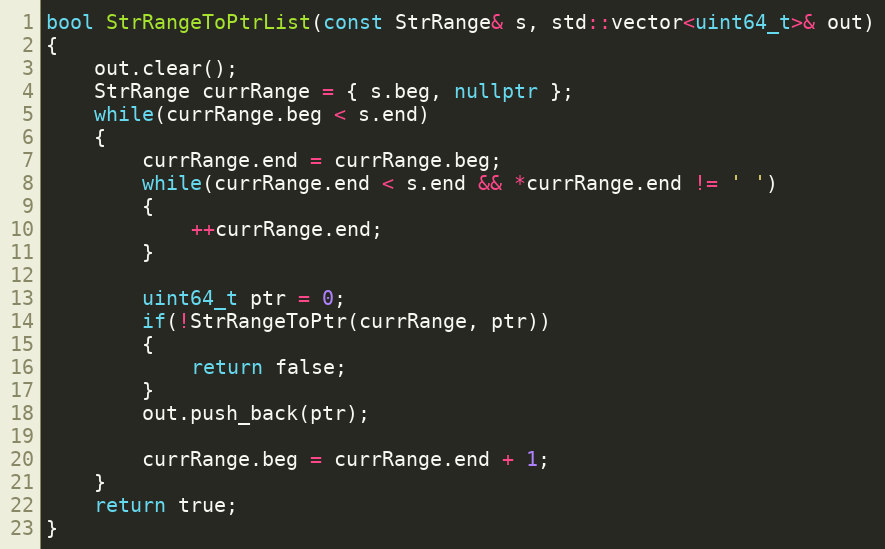
Language: C++
bool StrRangeToPtrList(const StrRange& s, std::vector<uint64_t>& out)
{
    out.clear();
    StrRange currRange = { s.beg, nullptr };
    while(currRange.beg < s.end)
    {
        currRange.end = currRange.beg;
        while(currRange.end < s.end && *currRange.end != ' ')
        {
            ++currRange.end;
        }

        uint64_t ptr = 0;
        if(!StrRangeToPtr(currRange, ptr))
        {
            return false;
        }
        out.push_back(ptr);

        currRange.beg = currRange.end + 1;
    }
    return true;
}